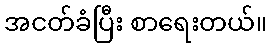
အငတ်ခံပြီး စာရေးတယ်။